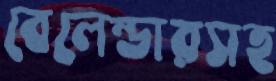
বেলেন্ডারসহ